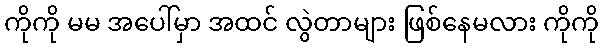
ကိုကို မမ အပေါ်မှာ အထင် လွဲတာများ ဖြစ်နေမလား ကိုကို